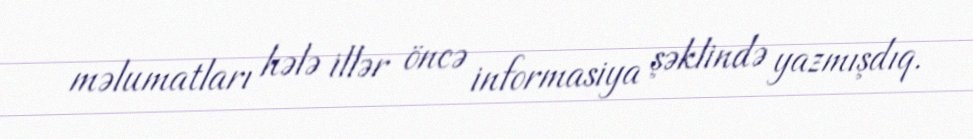
məlumatları hələ illər öncə informasiya şəklində yazmışdıq.